Report of the Bombay Plague Committee
Disease focus: Plague
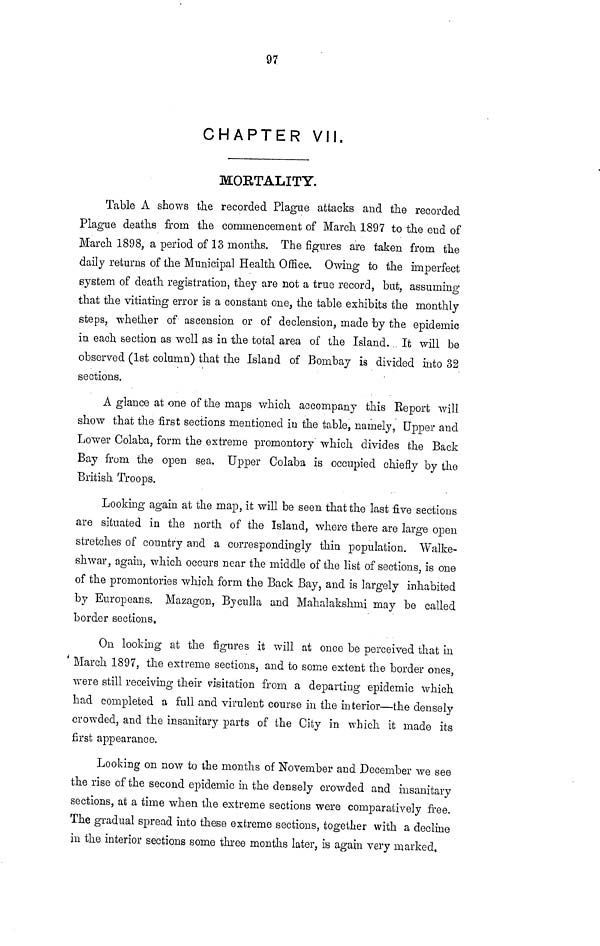
97
CHAPTER VII.
MORTALITY.
Table A shows the recorded Plague attacks and the recorded
Plague deaths from the commencement of March 1897 to the end of
March 1898, a period of 13 months. The figures are taken from the
daily returns of the Municipal Health Office. Owing to the imperfect
system of death registration, they are not a true record, but, assuming
that the vitiating error is a constant one, the table exhibits the monthly
steps, whether of ascension or of declension, made by the epidemic
in each section as well as in the total area of the Island. It will be
observed (1st column) that the Island of Bombay is divided into 32
sections.
A glance at one of the maps which accompany this Report will
show that the first sections mentioned in the table, namely, Upper and
Lower Colaba, form the extreme promontory which divides the Back
Bay from the open sea. Upper Colaba is occupied chiefly by the
British Troops.
Looking again at the map, it will be seen that the last five sections
are situated in the north of the Island, where there are large open
stretches of country and a correspondingly thin population. "Walke-
shwar, again, which occurs near the middle of the list of sections, is one
of the promontories which form the Back Bay, and is largely inhabited
by Europeans. Mazagon, Byculla and Mahalakshmi may be called
border sections.
On looking at the figures it will at once be perceived that in
March 1897, the extreme sections, and to some extent the border ones,
were still receiving their visitation from a departing epidemic which
had completed a full and virulent course in the interior—the densely
crowded, and the insanitary parts of the City in which it made its
first appearance.
Looking on now to the months of November and December we see
the rise of the second epidemic in the densely crowded and insanitary
sections, at a time when the extreme sections were comparatively free.
The gradual spread into these extreme sections, together with a decline
in the interior sections some three months later, is again very marked,